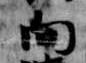
向